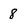
Character: 8